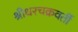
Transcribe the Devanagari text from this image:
श्रीधरचक्रवर्ती